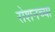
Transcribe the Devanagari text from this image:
रोशनच्या